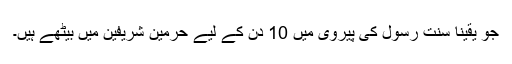
جو یقینا سنت رسول کی پیروی میں 10 دن کے لیے حرمین شریفین میں بیٹھے ہیں۔